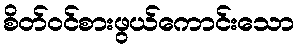
စိတ်ဝင်စားဖွယ်ကောင်းသော